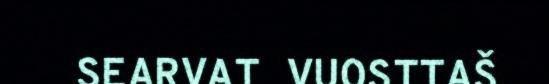
SEARVAT VUOSTTAŠ